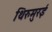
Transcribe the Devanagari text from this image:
थिरुमुरई